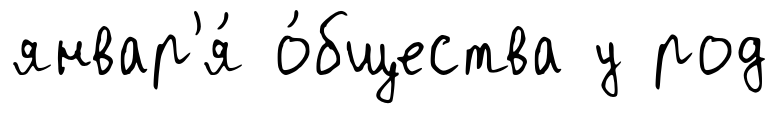
январ'я́ о́бщества у род